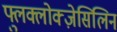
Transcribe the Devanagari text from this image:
फ्लुक्लोक्ज़ेसिलिन